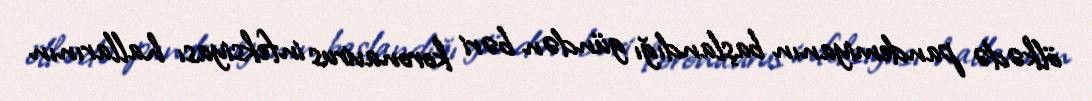
ölkədə pandemiyanın başlandığı gündən bəri koronavirus infeksiyası hallarının